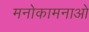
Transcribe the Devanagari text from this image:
मनोकामनाओ